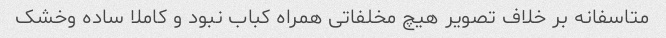
متاسفانه بر خلاف تصویر هیچ مخلفاتی همراه کباب نبود و کاملا ساده و‌خشک